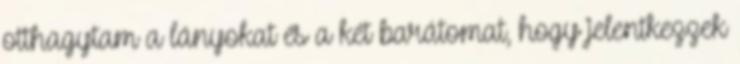
otthagytam a lányokat és a két barátomat, hogy jelentkezzek